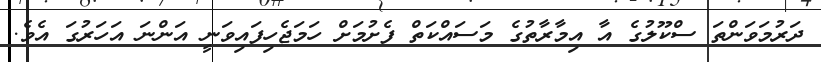
ދަރުމަވަންތަ ސްކޫލުގެ އާ އިމާރާތުގެ މަސައްކަތް ފެށުމަށް ހަމަޖެހިފައިވަނީ އަންނަ އަހަރުގަ އެވެ.